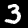
Digit: 3